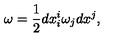
\omega = \displaystyle \frac { 1 } { 2 } d x ^ { i } _ { i } \omega _ { j } d x ^ { j } ,